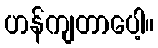
ဟန်ကျတာပေါ့။